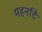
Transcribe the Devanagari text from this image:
महनदि